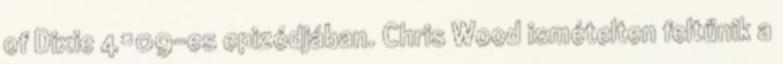
of Dixie 4×09-es epizódjában. Chris Wood ismételten feltűnik a